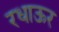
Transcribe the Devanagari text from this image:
रधाऊर